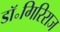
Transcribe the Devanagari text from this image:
डॉ॰गिरिराज